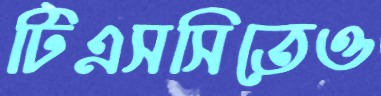
টিএসসিতেও